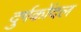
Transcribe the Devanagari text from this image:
दुर्गकोंदल